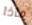
ماذا